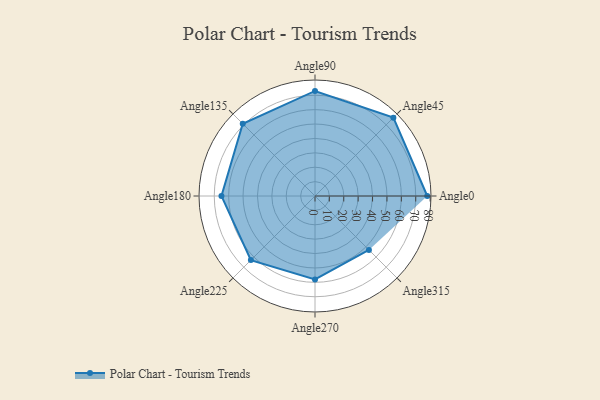
{"axis": {"x": "Angle", "y": "Radius"}, "legend": [""], "data": [{"x": "Angle0", "y": 78.0, "type": ""}, {"x": "Angle45", "y": 77.0, "type": ""}, {"x": "Angle90", "y": 73.0, "type": ""}, {"x": "Angle135", "y": 71.0, "type": ""}, {"x": "Angle180", "y": 65.0, "type": ""}, {"x": "Angle225", "y": 63.0, "type": ""}, {"x": "Angle270", "y": 58.0, "type": ""}, {"x": "Angle315", "y": 53.0, "type": ""}]}